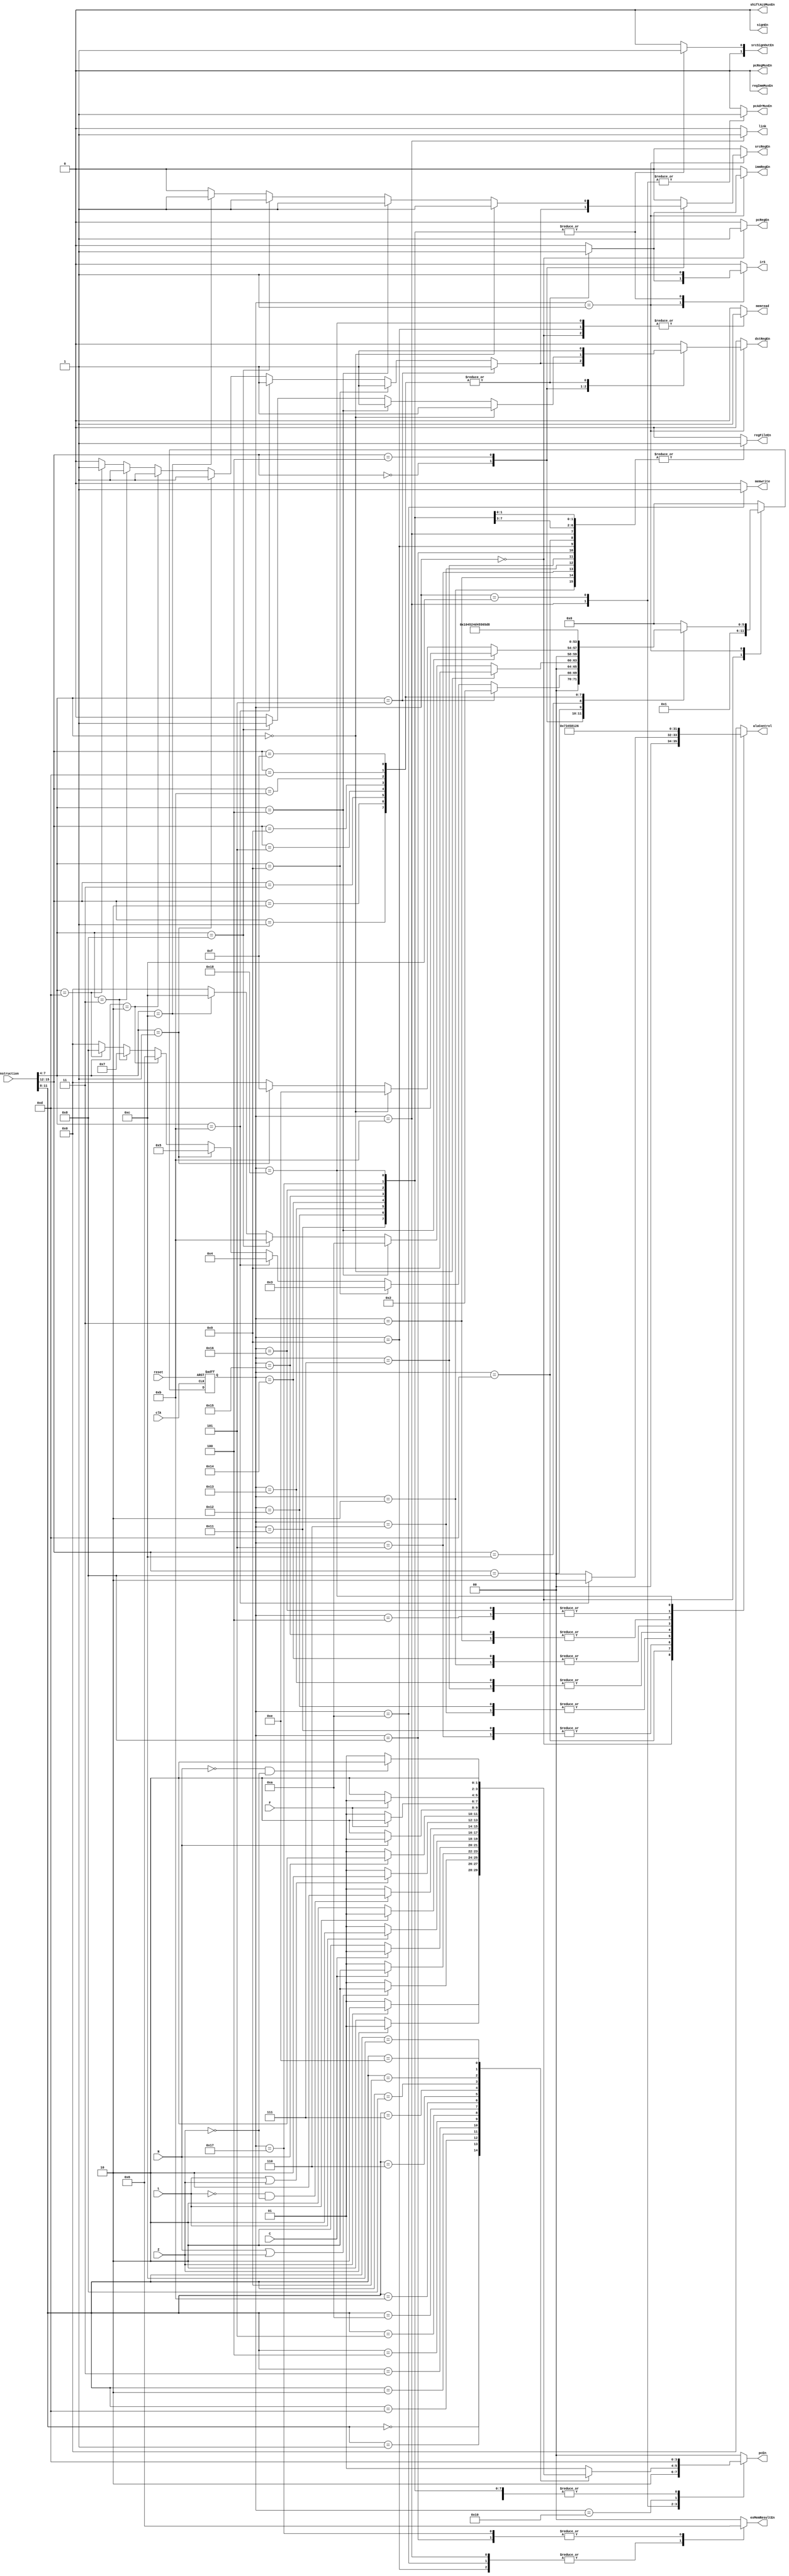
module statemachine(clk, reset, C, L, F, Z, N, instruction, aluControl, pcRegEn, srcRegEn, dstRegEn, immRegEn, signEn,
						regFileEn, pcRegMuxEn, srcSignOutEn, shiftALUMuxEn, regImmMuxEn, exMemResultEn, memread, memwrite, link, pcEn, irS, pcAdrMuxEn);
	input clk, reset, C, L, F, Z, N;
	input [15:0] instruction;
	output reg [3:0] aluControl;
	output reg pcRegEn, srcRegEn, dstRegEn, immRegEn, signEn, regFileEn, pcRegMuxEn, shiftALUMuxEn, regImmMuxEn, 
							memread, memwrite, link, irS, pcAdrMuxEn;
	output reg [1:0] srcSignOutEn, pcEn, exMemResultEn;
	reg [5:0] PS, NS;
	parameter [5:0] FETCH = 6'd0, DECODE = 6'd1, ADD = 6'd2, SUB = 6'd3, CMP = 6'd4, AND = 6'd5, OR = 6'd6, XOR = 6'd7, MOV = 6'd8, LOAD = 6'd9, STOR = 6'd10, 
						 JAL = 6'd11, JCOND = 6'd12, LSH = 6'd13, LSHI = 6'd14, S15 = 6'd15, BCOND = 6'd16, ANDI = 6'd17, ORI = 6'd18, XORI = 6'd19, ADDI = 6'd20,
						 SUBI = 6'd21, CMPI = 6'd22, MOVI = 6'd23, LUI = 6'd24;
						 
	always @(negedge reset, posedge clk) begin
		if (!reset) PS <= FETCH;
		else PS <= NS;
	end
	
	always@(clk, reset, instruction, PS) begin
		// initialize control signals
		{pcRegEn, srcRegEn, dstRegEn, immRegEn, signEn, regFileEn, pcRegMuxEn, 
		shiftALUMuxEn, regImmMuxEn, memread, memwrite, link, irS, pcAdrMuxEn} <= 1'd0;
		{srcSignOutEn, pcEn, exMemResultEn} <= 2'b0;
		aluControl <= 4'b0;
		NS <= 6'b0;
		
		case(PS)
			FETCH: begin // FETCH
				pcRegEn <= 1;
				memread <= 1;
				NS <= DECODE;
				if (instruction[7:4] == 4'b1011) // CMP
					aluControl <= 4'b0010;
			end
			
			DECODE: begin // DECODE
				case(instruction[15:12])
					4'b000: begin // Register
						if (instruction[7:4] == 4'b0101) begin // ADD
							srcRegEn <= 1;
							dstRegEn <= 1;
							NS <= ADD;
						end
						else if (instruction[7:4] == 4'b1001) begin // SUB
							srcRegEn <= 1;
							dstRegEn <= 1;
							NS <= SUB;
						end
						else if (instruction[7:4] == 4'b1011) begin // CMP
							srcRegEn <= 1;
							dstRegEn <= 1;
							NS <= CMP;
						end
						else if (instruction[7:4] == 4'b0001) begin // AND
							srcRegEn <= 1;
							dstRegEn <= 1;
							NS <= AND;
						end
						else if (instruction[7:4] == 4'b0010) begin // OR
							srcRegEn <= 1;
							dstRegEn <= 1;
							NS <= OR;
						end
						else if (instruction[7:4] == 4'b0011) begin // XOR
							srcRegEn <= 1;
							dstRegEn <= 1;
							NS <= XOR;
						end 
						else if (instruction[7:4] == 4'b1101) begin // MOV
							srcRegEn <= 1;
							dstRegEn <= 1;
							NS <= MOV;
						end
					end
				
					4'b0100: begin // Special
						if (instruction[7:4] == 4'b0000) begin // LOAD
							srcRegEn <= 1;
							dstRegEn <= 1;
							NS <= LOAD;
						end
						else if (instruction[7:4] == 4'b0100) begin // STOR
							srcRegEn <= 1;
							dstRegEn <= 1;
							NS <= STOR;
						end
						else if (instruction[7:4] == 4'b1000) begin // JAL
							srcRegEn <= 1;
							dstRegEn <= 1;
							NS <= JAL;
						end
						else if (instruction[7:4] == 4'b1100) begin // Jcond
							srcRegEn <= 1;
							NS <= JCOND;
						end
					end

					4'b1000: begin //Shift
						if (instruction[7:4] == 4'b0100) begin // LSH
							NS <= LSH;
						end
						else if (instruction[7:4] == 4'b0000) begin // LSHI 
							NS <= LSHI;
						end
						else if (instruction[7:4] == 4'b0001) begin // LSHI
							NS <= S15;
						end
					end
					
					4'b1100: begin // Bcond
						NS <= BCOND;
					end
					
					4'b0001: begin // ANDI
						immRegEn <= 1;
						dstRegEn <= 1;
						irS <= 1;
						NS <= ANDI;
					end
					
					4'b0010: begin // ORI
						immRegEn <= 1;
						dstRegEn <= 1;
						irS <= 1;
						NS <= ORI;
					end
					
					4'b0011: begin // XORI
						immRegEn <= 1;
						dstRegEn <= 1;
						irS <= 1;
						NS <= XORI;
					end
					
					4'b0101: begin // ADDI
						immRegEn <= 1;
						dstRegEn <= 1;
						irS <= 1;
						NS <= ADDI;
					end
					
					4'b1001: begin // SUBI
						immRegEn <= 1;
						dstRegEn <= 1;
						irS <= 1;
						NS <= SUBI;
					end
					
					4'b1011: begin // CMPI
						immRegEn <= 1;
						dstRegEn <= 1;
						irS <= 1;
						NS <= CMPI;
					end
					
					4'b1101: begin // MOVI
						immRegEn <= 1;
						dstRegEn <= 1;
						irS <= 1;
						NS <= MOVI;
					end
					
					4'b1111: begin // LUI
						immRegEn <= 1;
						dstRegEn <= 1;
						irS <= 1;
						NS <= LUI;
					end
				endcase
			end
					
			ADD: begin 
				regFileEn <= 1;
				srcSignOutEn <= 0;
				aluControl <= 4'b1000;
				shiftALUMuxEn <= 0;
				pcEn <= 2'b01;
				NS <= FETCH; 
			end
			
			SUB: begin 
				regFileEn <= 1;
				srcSignOutEn <= 0;
				aluControl <= 4'b0001;
				shiftALUMuxEn <= 0;
				pcEn <= 2'b01;
				NS <= FETCH; 
			end
			
			CMP: begin 
				srcSignOutEn <= 0;
				aluControl <= 4'b0010;
				shiftALUMuxEn <= 0;
				pcEn <= 2'b01;	
				NS <= FETCH;
			end
			
			AND: begin 
				regFileEn <= 1;
				srcSignOutEn <= 0;
				aluControl <= 4'b0011;
				shiftALUMuxEn <= 0;
				pcEn <= 2'b01;
				NS <= FETCH; 
			end
			
			OR: begin 
				regFileEn <= 1;
				srcSignOutEn <= 0;
				aluControl <= 4'b0100;
				shiftALUMuxEn <= 0;
				pcEn <= 2'b01;
				NS <= FETCH;
			end
			
			XOR: begin 
				regFileEn <= 1;
				srcSignOutEn <= 0;
				aluControl <= 4'b0101;
				shiftALUMuxEn <= 0;
				pcEn <= 2'b01;
				NS <= FETCH;
			end
			
			MOV: begin 
				regFileEn <= 1;
				srcSignOutEn <= 0;
				shiftALUMuxEn <= 0;
				pcEn <= 2'b01;
				exMemResultEn <= 2'b10;
				NS <= FETCH;
			end
			
			LOAD: begin 
				regFileEn <= 1;
				memread <= 1;
				memwrite <= 0;
				exMemResultEn <= 2'b1;
				pcEn <= 2'b01;
				NS <= FETCH; 
			end
			
			STOR: begin 
				regFileEn <= 0;
				memread <= 0;
				memwrite <= 1;
				exMemResultEn <= 2'b1;
				pcEn <= 2'b01;
				NS <= FETCH; 
			end
			
			JAL: begin 
				// signals for jump
				pcEn <= 2'b10;
				// signals for storing link
				regFileEn <= 1;
				link <= 1;
				exMemResultEn <= 2'b1;
				pcAdrMuxEn <= 1;
				NS <= FETCH; 
			end
			
			JCOND: begin 
				pcEn <= 2'b01; // Initialize pcEn to pc += 1
				pcAdrMuxEn <= 1;
				case(instruction[11:8])
					4'b0000: // EQ Equal
						if (Z == 1)
							pcEn <= 2'b10;
					4'b0001: // NE Not Equal
						if (Z == 0)
							pcEn <= 2'b10;
					4'b1101: // GE Greater than or Equal
						if (N == 1 || Z == 1)
							pcEn <= 2'b10;
					4'b0010: // CS Carry Set
						if (C == 1)
							pcEn <= 2'b10;
					4'b0011: // CC Carry Clear
						if (C == 0)
							pcEn <= 2'b10;
					4'b0100: // HI Higher than
						if (L == 1)
							pcEn <= 2'b10;
					4'b0101: // LS Lower than or Same as
						if (L == 0)
							pcEn <= 2'b10;
					4'b1010: // LO Lower than
						if (L == 0 && Z == 0)
							pcEn <= 2'b10;
					4'b1011: // HS Higher than or Same as
						if (L == 1 || Z == 1)
							pcEn <= 2'b10;
					4'b0110: // GT Greater than
						if (N == 1)
							pcEn <= 2'b10;
					4'b0111: // LE Less than or Equal
						if (N == 0)
							pcEn <= 2'b10;
					4'b1000: // FS Flag Set
						if (F == 1)
							pcEn <= 2'b10;
					4'b1001: // FC Flag Clear
						if (F == 0)	
							pcEn <= 2'b10;
					4'b1100: // LT Less Than
						if (N == 0 && Z == 0)
							pcEn <= 2'b10;
					4'b1110: // UC Unconditional
						pcEn <= 2'b10;
					default:
						pcEn <= 2'b01;
				endcase
			end
			
			LSH: begin 
				regFileEn <= 1;
				srcSignOutEn <= 0;
				aluControl <= 4'b0111;
				shiftALUMuxEn <= 0;
				pcEn <= 2'b01;
				NS <= FETCH; 
			end
			
			LSHI: begin 
				NS <= FETCH; 
			end
			
			S15: begin // LSHI
				NS <= FETCH; 
			end
			
			BCOND: begin 
				pcEn <= 2'b11;
				NS <= FETCH; 
			end
			
			ANDI: begin 
				regFileEn <= 1;
				srcSignOutEn <= 2'b01;
				aluControl <= 4'b0011;
				shiftALUMuxEn <= 0;
				irS <= 1;
				pcEn <= 2'b01;
				NS <= FETCH; 
			end
			
			ORI: begin 
				regFileEn <= 1;
				srcSignOutEn <= 2'b01;
				aluControl <= 4'b0100;
				shiftALUMuxEn <= 0;
				irS <= 1;
				pcEn <= 2'b01;
				NS <= FETCH;
			end
			
			XORI: begin 
				regFileEn <= 1;
				srcSignOutEn <= 2'b01;
				aluControl <= 4'b0101;
				shiftALUMuxEn <=0;
				irS <= 1;
				pcEn <= 2'b01;
				NS <= FETCH;
			end
			
			ADDI: begin 
				regFileEn <= 1;
				srcSignOutEn <= 2'b01;
				aluControl <= 4'b1000;
				shiftALUMuxEn <= 0;
				irS <= 1;
				pcEn <= 2'b01;
				NS <= FETCH; 
			end
			
			SUBI: begin 
				regFileEn <= 1;
				srcSignOutEn <= 2'b01;
				aluControl <= 4'b0001;
				shiftALUMuxEn <= 0;
				irS <= 1;
				pcEn <= 2'b01;
				NS <= FETCH; 
			end
			
			CMPI: begin 
				srcSignOutEn <= 2'b01;
				aluControl <= 4'b0010;
				shiftALUMuxEn <= 0;
				irS <= 1;
				pcEn <= 2'b01;
				NS <= FETCH;
			end
			
			MOVI: begin 
				regFileEn <= 1;
				srcSignOutEn <= 2'b01;
				shiftALUMuxEn <= 0;
				irS <= 1;
				pcEn <= 2'b01;
				exMemResultEn <= 2'b10;
				NS <= FETCH;
			end
			
			LUI: begin 
				regFileEn <= 1;
				srcSignOutEn <= 2'b01;
				aluControl <= 4'b0110;
				shiftALUMuxEn <= 0;
				irS <= 1;
				pcEn <= 2'b01;
				memread <= 1;
				NS <= FETCH;
			end					
		endcase
	end
endmodule